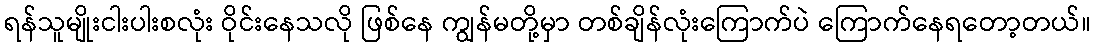
ရန်သူမျိုးငါးပါးစလုံး ဝိုင်းနေသလို ဖြစ်နေ ကျွန်မတို့မှာ တစ်ချိန်လုံးကြောက်ပဲ ကြောက်နေရတော့တယ်။